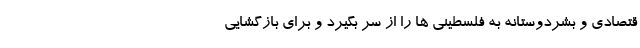
قتصادی و بشردوستانه به فلسطینی ها را از سر بگیرد و برای بازگشایی